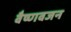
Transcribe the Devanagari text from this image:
वैष्णवजन